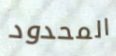
المحدود